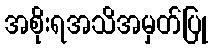
အစိုးရအသိအမှတ်ပြု